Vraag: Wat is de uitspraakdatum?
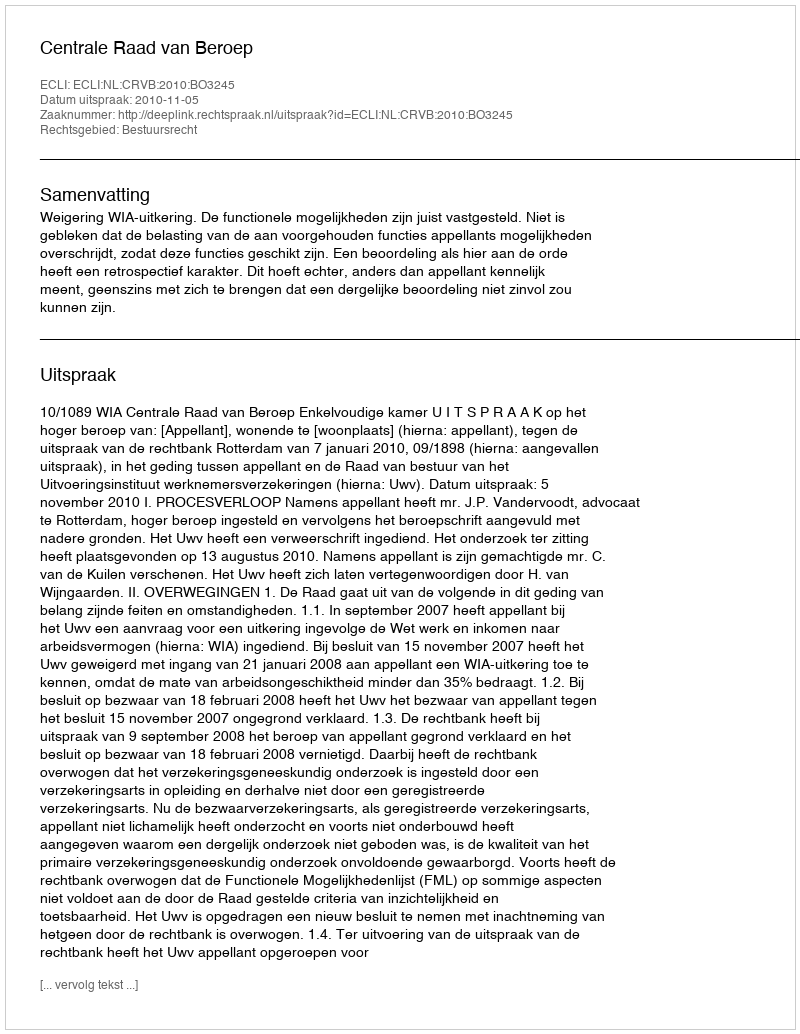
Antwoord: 2010-11-05